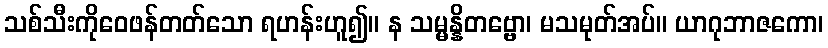
သစ်သီးကိုဝေဖန်တတ်သော ရဟန်းဟူ၍။ န သမ္မန္နိတဗ္ဗော၊ မသမုတ်အပ်။ ယာဂုဘာဇကော၊